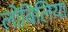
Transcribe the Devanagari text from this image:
लोबिलिया